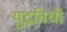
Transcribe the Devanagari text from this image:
युद्धविधी